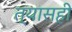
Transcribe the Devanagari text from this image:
त्यासही